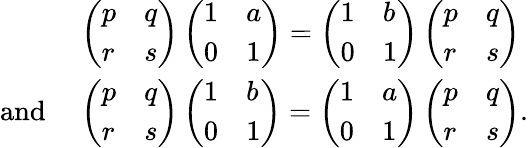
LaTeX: \begin{array}{rl}&{\left(\begin{array}{ll}{p}&{q}\\ {r}&{s}\end{array}\right)\left(\begin{array}{ll}{1}&{a}\\ {0}&{1}\end{array}\right)=\left(\begin{array}{ll}{1}&{b}\\ {0}&{1}\end{array}\right)\left(\begin{array}{ll}{p}&{q}\\ {r}&{s}\end{array}\right)}\\ {\mathrm{and~}}&{\left(\begin{array}{ll}{p}&{q}\\ {r}&{s}\end{array}\right)\left(\begin{array}{ll}{1}&{b}\\ {0}&{1}\end{array}\right)=\left(\begin{array}{ll}{1}&{a}\\ {0}&{1}\end{array}\right)\left(\begin{array}{ll}{p}&{q}\\ {r}&{s}\end{array}\right).}\end{array}